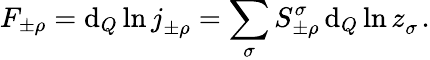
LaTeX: F_{\pm\rho}=\mathrm{d}_{Q}\ln j_{\pm\rho}^{\mathrm{~\, ~}}=\sum_{\sigma}S_{\pm\rho}^{\sigma}\, \mathrm{d}_{Q}\ln z_{\sigma}^{\mathrm{~\, ~}}.